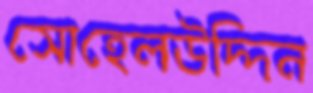
সোহেলউদ্দিন